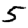
Digit: 5